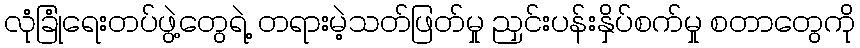
လုံခြုံရေးတပ်ဖွဲ့တွေရဲ့ တရားမဲ့သတ်ဖြတ်မှု ညှင်းပန်းနှိပ်စက်မှု စတာတွေကို